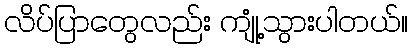
လိပ်ပြာတွေလည်း ကျုံ့သွားပါတယ်။